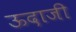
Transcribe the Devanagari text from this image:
ऊदाजी